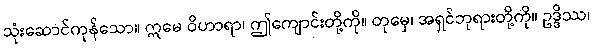
သုံးဆောင်ကုန်သော။ ဣမေ ဝိဟာရာ၊ ဤကျောင်းတို့ကို။ တုမှေ၊ အရှင်ဘုရားတို့ကို။ ဥဒ္ဒိဿ၊